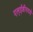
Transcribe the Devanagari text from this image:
एल्ईडीमध्ये